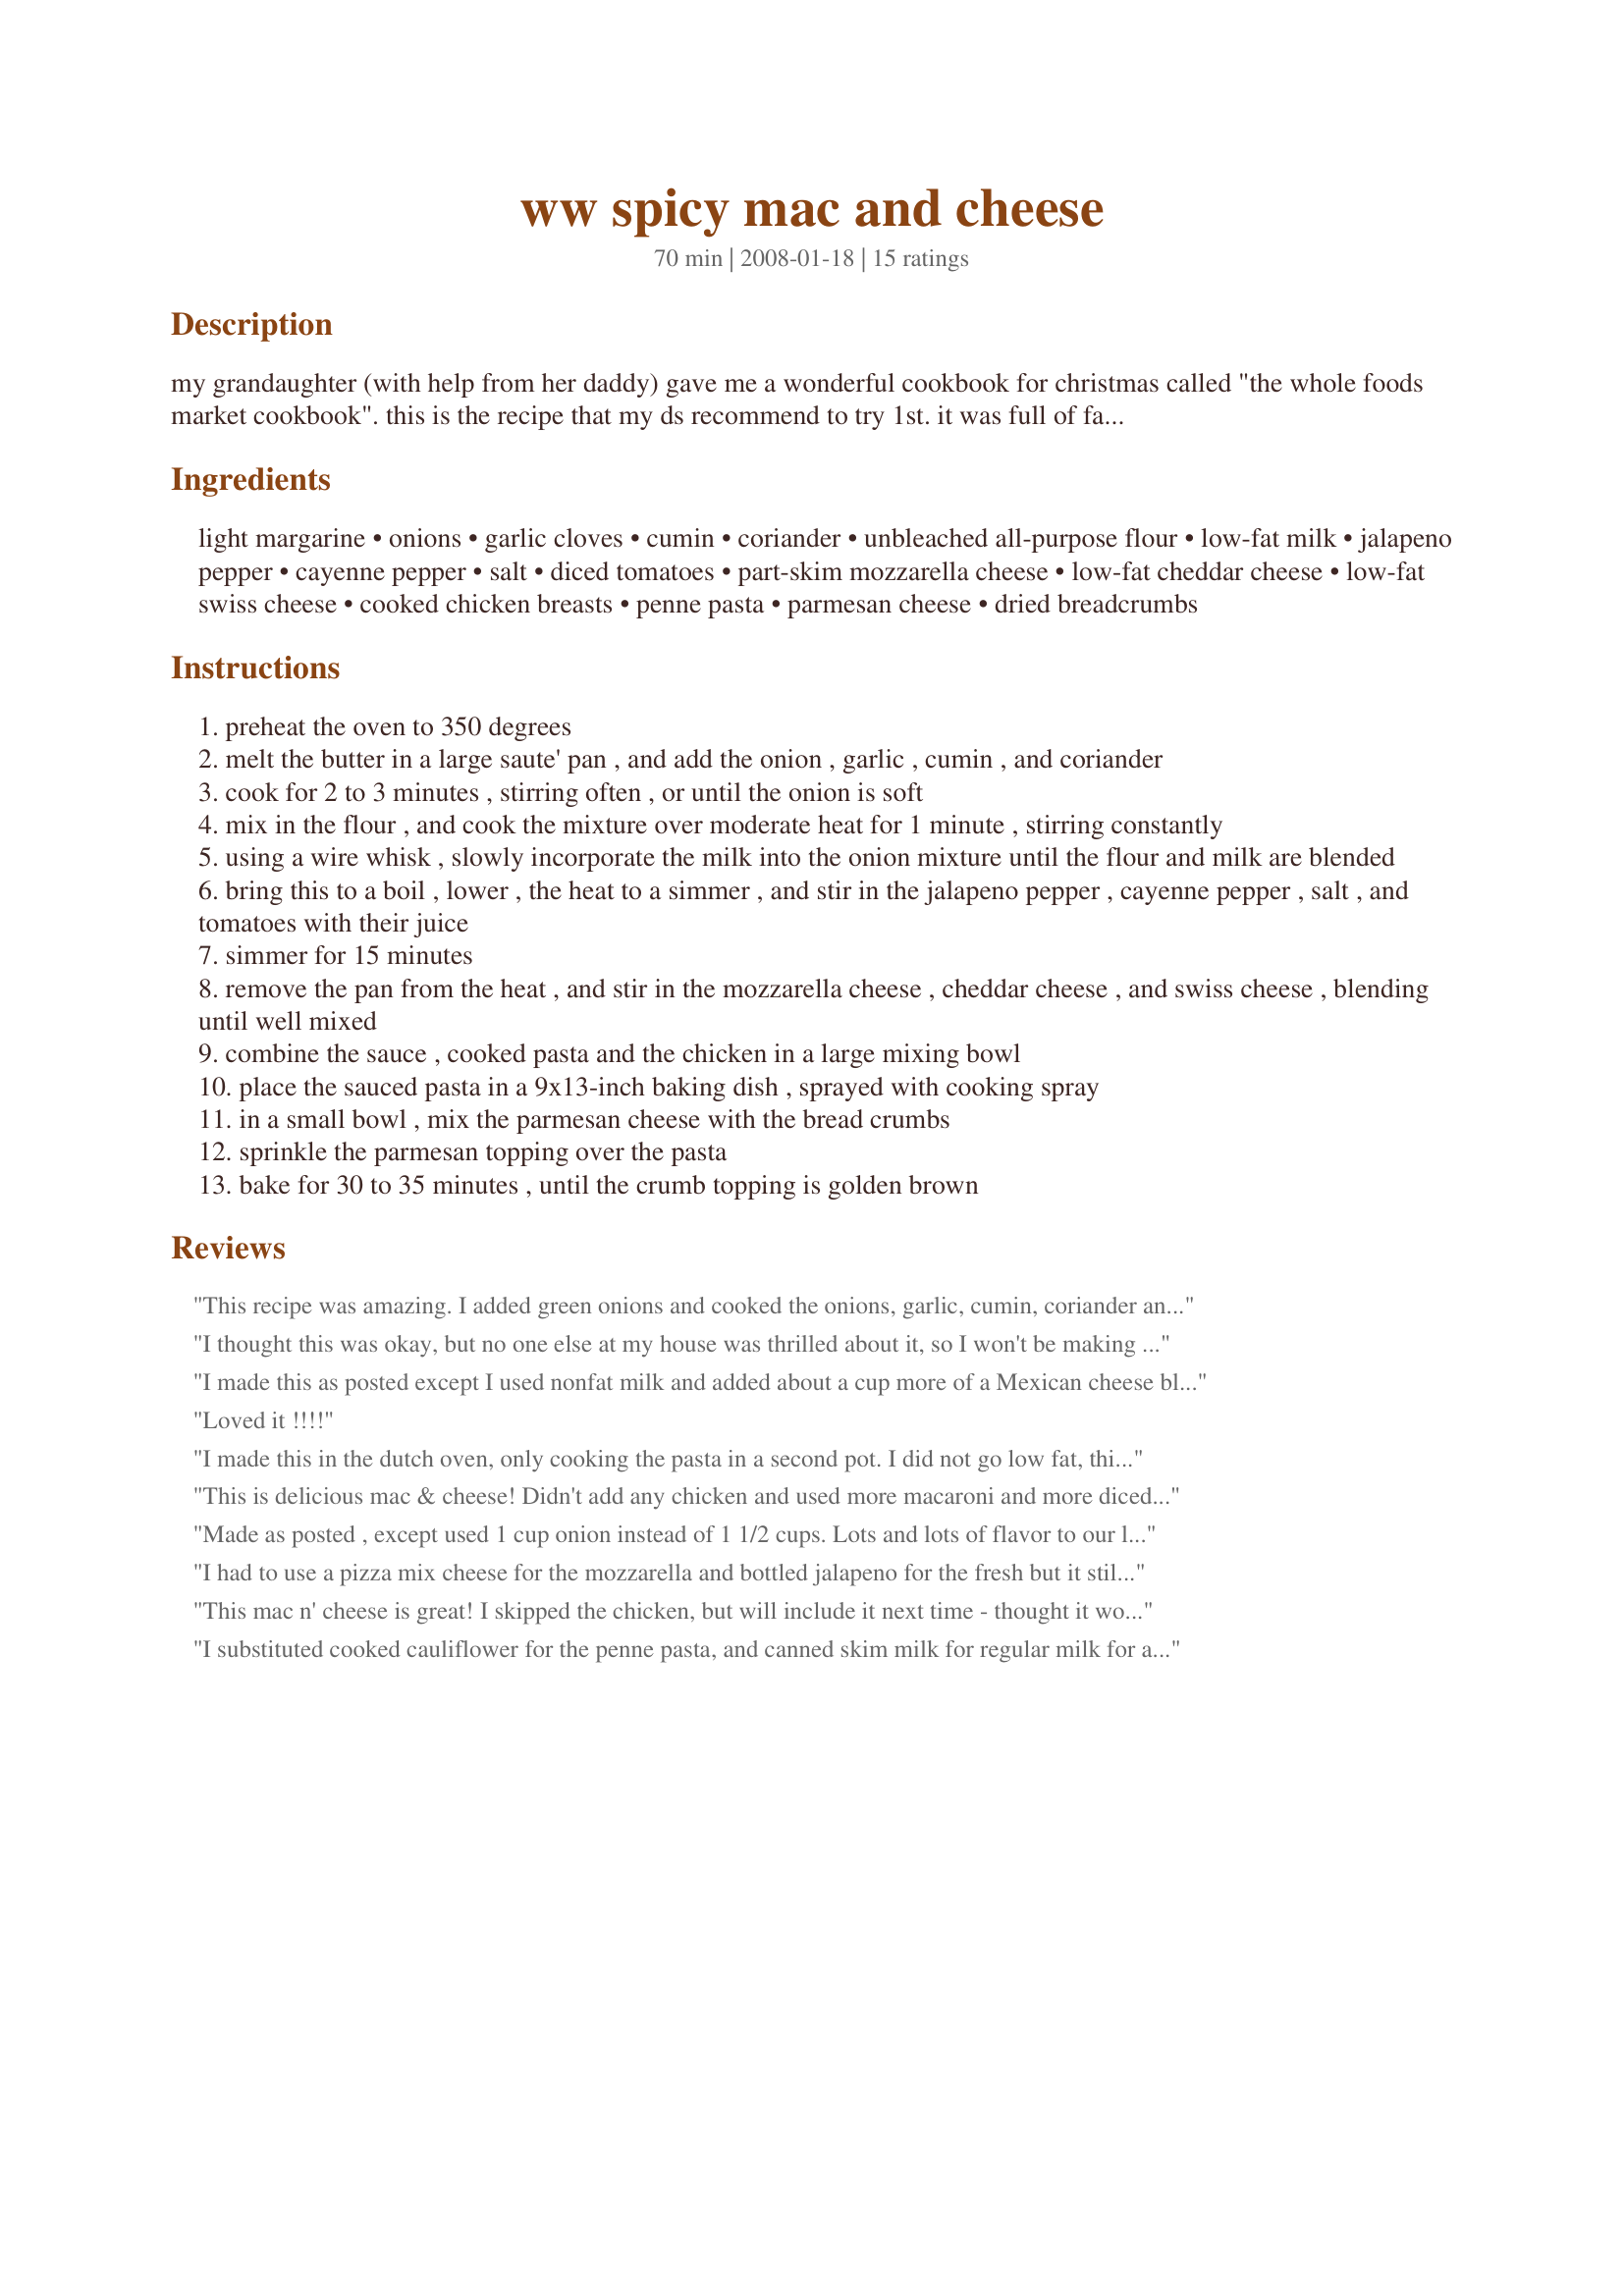
ww spicy mac and cheese
Preparation time: 70 minutes

my grandaughter (with help from her daddy) gave me a wonderful cookbook for christmas called "the whole foods market cookbook". this is the recipe that my ds recommend to try 1st. it was full of fat so i have made it lower in fat. the original recipe said it served 6 in a 9x9 inch pan. there is so much of this stuff i can't imagine it fitting in that size of pan. i used a 9x13 inch pan and it was full.this is my version of this tasty dish. still high in calories but lower in fat. made ww friendly-7 points

Ingredients:
light margarine, onions, garlic cloves, cumin, coriander, unbleached all-purpose flour, low-fat milk, jalapeno pepper, cayenne pepper, salt, diced tomatoes, part-skim mozzarella cheese, low-fat cheddar cheese, low-fat swiss cheese, cooked chicken breasts, penne pasta, parmesan cheese, dried breadcrumbs

Steps:
preheat the oven to 350 degrees
melt the butter in a large saute' pan , and add the onion , garlic , cumin , and coriander
cook for 2 to 3 minutes , stirring often , or until the onion is soft
mix in the flour , and cook the mixture over moderate heat for 1 minute , stirring constantly
using a wire whisk , slowly incorporate the milk into the onion mixture until the flour and milk are blended
bring this to a boil , lower , the heat to a simmer , and stir in the jalapeno pepper , cayenne pepper , salt , and tomatoes with their juice
simmer for 15 minutes
remove the pan from the heat , and stir in the mozzarella cheese , cheddar cheese , and swiss cheese , blending until well mixed
combine the sauce , cooked pasta and the chicken in a large mixing bowl
place the sauced pasta in a 9x13-inch baking dish , sprayed with cooking spray
in a small bowl , mix the parmesan cheese with the bread crumbs
sprinkle the parmesan topping over the pasta
bake for 30 to 35 minutes , until the crumb topping is golden brown

Reviews:
This recipe was amazing. I added green onions and cooked the onions, garlic, cumin, coriander and jalapeno pepper together in the skillet. I also used wheat bran instead of bread crumbs in the topping and left out the chicken to make it vegetarian. It was spicy, cheesy and oh, so good! Thank you Teresa.
I thought this was okay, but no one else at my house was thrilled about it, so I won't be making it again. Just wasn't their thing, I guess. I do have to say that the combination of cheeses was very interesting. Much nicer than just using cheddar by itself. Thanks for posting. Made for PRMR.
I made this as posted except I used nonfat milk and added about a cup more of a Mexican cheese blend. (Sorry T, I love cheese!) ;) It was delicious! I loved the heat from the jalapeno and the topping added a great texture. This recipe is so easy to put together if you buy "ready-made" ingredients and is one I will use often. Thanks for sharing this great recipe, Teresa!
Loved it !!!!
I made this in the dutch oven, only cooking the pasta in a second pot. I did not go low fat, this was a cheat-day treat on my low-carb diet. I followed the receipe exactly, but I used the full-fat versions of the food (hey, it was my cheat day!). Cooking in the dutch oven allowed me to do it all with one dish and the results were fantastic! Awesome! I only get one day a week to cheat and this hit the spot! I&#039;m sure you can still cook it in a dutch oven (or other stove top-to oven dish) with the WW guidelines and still get the great results. Great one and it will be a make again!
This is delicious mac & cheese! Didn't add any chicken and used more macaroni and more diced tomatoes (used a 28oz can). Also added a bit more cheese on top. Thanks Teresa! :)
Made as posted , except used 1 cup onion instead of 1 1/2 cups. Lots and lots of flavor to our liking, seeing we like spicy food occasionally. Definately a keeper for us, the spices were a perfect fit here. The cheese combo was fantastic too. Loved it. Made for Zaar Stars..
I had to use a pizza mix cheese for the mozzarella and bottled jalapeno for the fresh but it still came out scrumptious. What a great change up from the average mac and cheese! I did cut the recipe back to 2 servings and maybe should mention that I used whole wheat penne. A delicious meal with a cool crisp salad on the side. Made for: For Your Consideration game.
This mac n' cheese is great! I skipped the chicken, but will include it next time - thought it would be great with some veggies added too! DH said that this is the best mac n' cheese we've had for a long time -- no need to let him know that it was WW friendly! Thanks for sharing this keeper!
I substituted cooked cauliflower for the penne pasta, and canned skim milk for regular milk for a HUGE savings in calories. I would have saved even more of I'd used cashew milk. It was a very tasty casserole.
This was too hot for my liking but the flavor of the cheeses was really good. I did not add the chicken or tomatoes because I was having it with meatloaf but next time I make this it will be the main meal, minus the cayenne, coriander & jalepeno. Then add a salad to finish off the meal. Thanks for sharing.
Yum! I loved this cheesey casserole! I did make some changes, some for my husband ,some for me. I left out the chicken and in place of it added peas, broccoli, grated carrots and more onion. I also left out the cumin, and jalapeno. This was still delicious! Thanks Teresa.
Great low-cal alternative to Mac and Cheese. It ends up tasting almost like a nacho cheese casserole... and that's awesome. Thanks for sharing.
I and several other folks (one of whom is pretty fair but picky!) really, really liked this recipe. Thank you, TeresaS! The different cheeses go together very nicely, and the amount of tomatoes does not overwhelm but, instead, supplements perfectly all the nice flavors that come together in this dish. Next time, I will bump up the amount of jalepeÃ±os some, but that's just 'cause I am some friends and families like a little more heat. But this is a really tasty dish -- definitely a hit.
Fantastic!!! This is absolutely delicious, even if I didn't have jalapeno. I made this pretty much as listed, using macaroni instead of penne. I also subbed more mozzarella for the Swiss cheese which made it stringy and yummy! I will make this again for sure! Made for Best of 2012. Thanks TeresaS! :)
